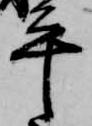
平